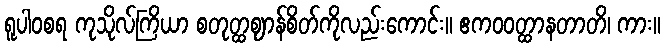
ရူပါဝစရ ကုသိုလ်ကြိယာ စတုတ္ထဈာန်စိတ်ကိုလည်းကောင်း။ ဧကဝဝတ္ထာနတာတိ၊ ကား။